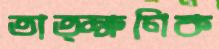
তাত্ক্ষণিক